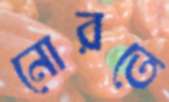
নোরতে